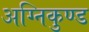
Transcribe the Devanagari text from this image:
अग्निकुण्ड